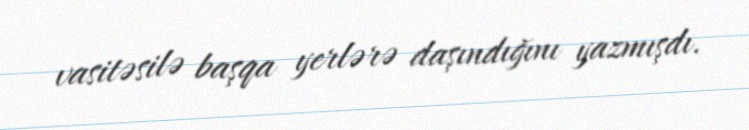
vasitəsilə başqa yerlərə daşındığını yazmışdı.